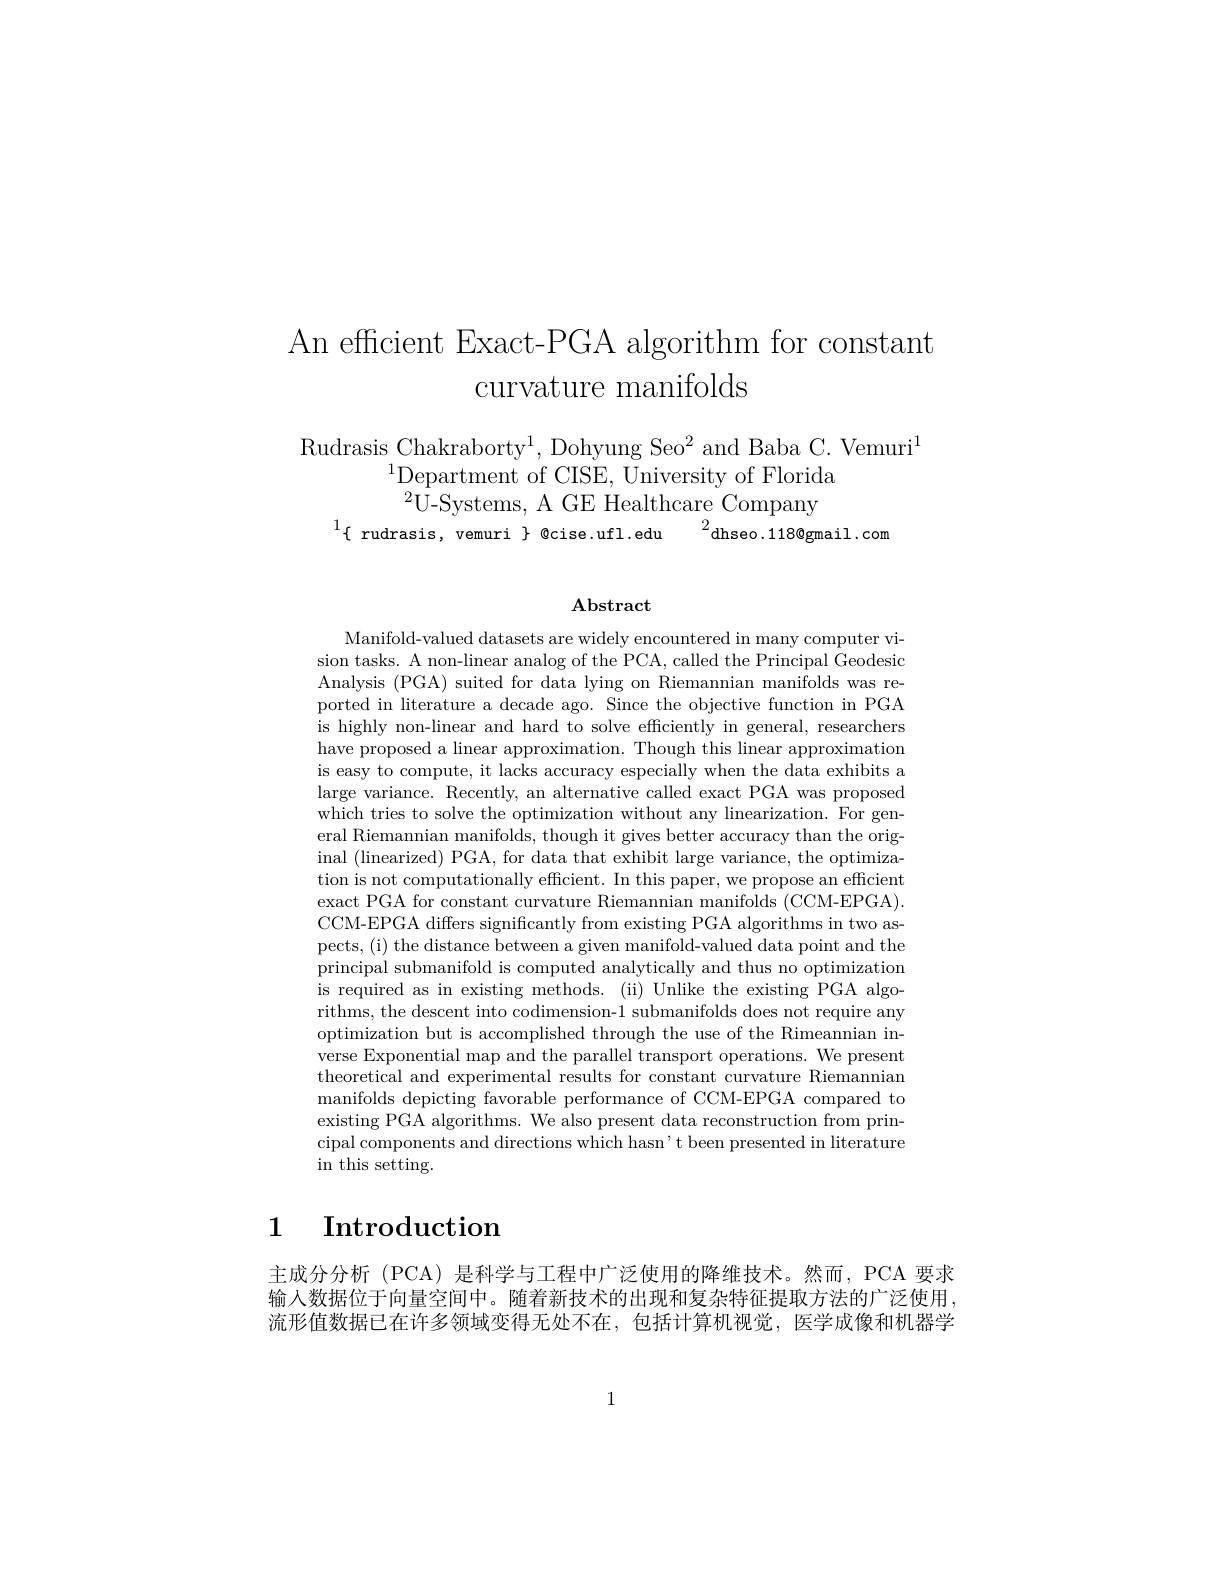
An efficient Exact-PGA algorithm for constant
curvature manifolds

Rudrasis Chakraborty$^1$,Dohyung Seo$^2$and Baba C. Vemuri
$^{1}$Department of CISE, University of Florida
$^{2}\bar{\mathrm{U-Systems,~A~GE~Healthcare~Company}}$
$^{1}\{$ rudrasis, vemuri $\}$ @cise.ufl.edu$^2$dhseo.118@gmail.con

## $\mathbf{Abstract}$

Manifold-valued datasets are widely encountered in many computer vision tasks. A non-linear analog of the PCA, called the Principal Geodesic Analysis (PGA) suited for data lying on Riemannian manifolds was reported in literature a decade ago. Since the objective function in PGA is highly non-linear and hard to solve efficiently in general, researchers have proposed a linear approximation. Though this linear approximation is easy to compute, it lacks accuracy especially when the data exhibits a large variance. Recently, an alternative called exact PGA was proposed which tries to solve the optimization without any linearization. For general Riemannian manifolds, though it gives better accuracy than the original (linearized) PGA, for data that exhibit large variance, the optimization is not computationally efficient. In this paper, we propose an efficient exact PGA for constant curvature Riemannian manifolds (CCM-EPGA). CCM-EPGA differs significantly from existing PGA algorithms in two aspects, (i) the distance between a given manifold-valued data point and the principal submanifold is computed analytically and thus no optimization is required as in existing methods. (ii) Unlike the existing PGA algorithms, the descent into codimension-1 submanifolds does not require any optimization but is accomplished through the use of the Rimeannian inverse Exponential map and the parallel transport operations. We present theoretical and experimental results for constant curvature Riemannian manifolds depicting favorable performance of CCM-EPGA compared to existing PGA algorithms. We also present data reconstruction from principal components and directions which hasn't been presented in literature in this setting.

# 1 $\textbf{Introduction}$

主成分分析 (PCA) 是科学与工程中广泛使用的降维技术。然而，PCA 要求输入数据位于向量空间中。随着新技术的出现和复杂特征提取方法的广泛使用， 流形值数据已在许多领域变得无处不在，包括计算机视觉，医学成像和机器学

1